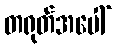
တရုတ်အပေါ်